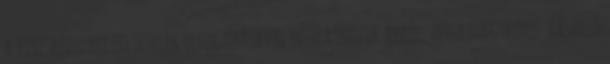
a kereskedelmi feltételek elfogadásával nyilatkozik arról, hogy nagykorú. Vásárló